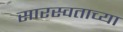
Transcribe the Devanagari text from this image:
सारस्वताच्या